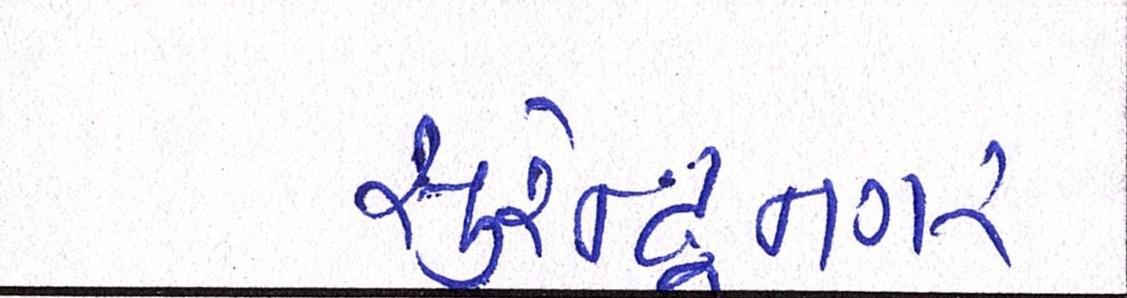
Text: સુરેન્દ્રનગર